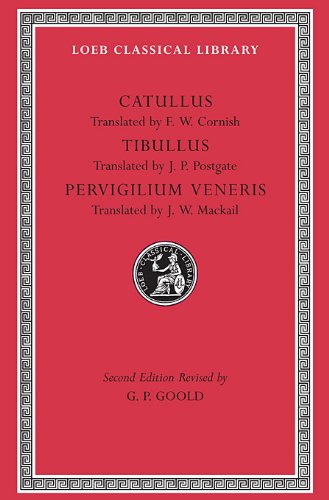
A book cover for Catullus, Tibullus, Pervigilium Veneris (Loeb Classical Library No. 6); Gaius Valerius Catullus; Literature & Fiction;